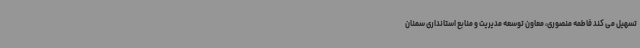
تسهیل می کند فاطمه منصوری، معاون توسعه مدیریت و منابع استانداری سمنان